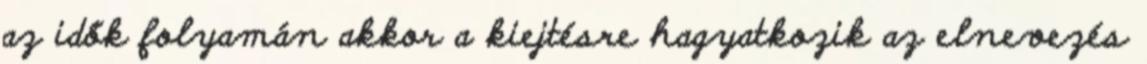
az idők folyamán akkor a kiejtésre hagyatkozik az elnevezés